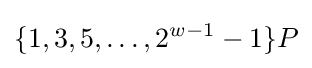
\lbrace 1,3,5,\dots ,2^{w-1}-1\rbrace P